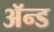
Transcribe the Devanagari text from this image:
ॲन्‍ड